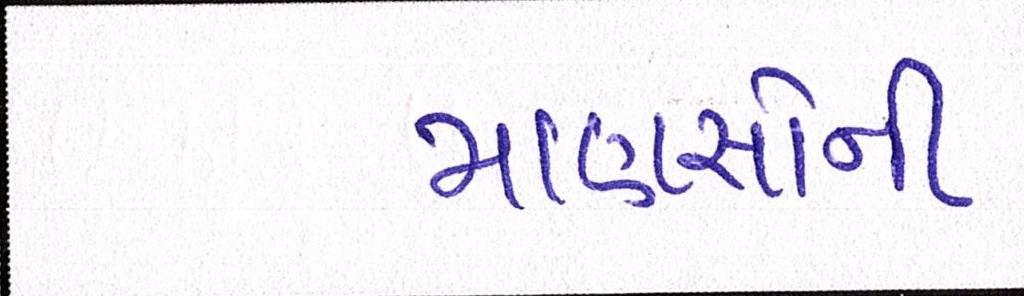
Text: માણસોની